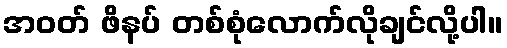
အဝတ် ဖိနပ် တစ်စုံလောက်လိုချင်လို့ပါ။